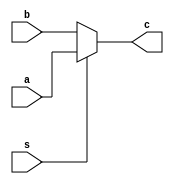
`timescale 1ns/10ps
module mux (c,a,b,s);
input a,b,s;
output c;

assign c=(s)?a:b; // This is a behavioral style

endmodule